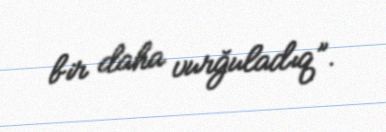
bir daha vurğuladıq”.